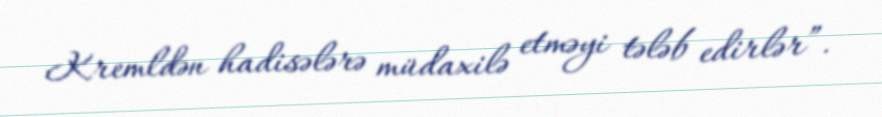
Kremldən hadisələrə müdaxilə etməyi tələb edirlər”.